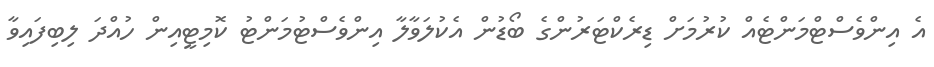
އެ އިންވެސްޓްމަންޓެއް ކުރުމަށް ޑިރެކްޓަރުންގެ ބޯޑުން އެކުލަވާލާ އިންވެސްޓުމަންޓު ކޮމިޓީއިން ހުއްދަ ލިބިފައިވާ